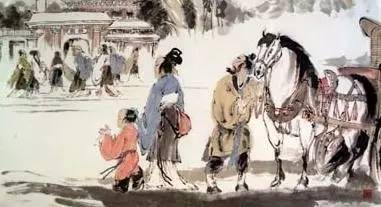
以五十步笑百步。